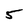
Character: 5